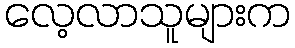
လေ့လာသူများက